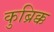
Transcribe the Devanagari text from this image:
कुब्रिक्क